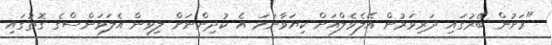
"ރަށުން ބޭރުގައި ދަރިވަރުން އޭލެވެލްއަށް ކިޔަވާނަމަ އެ ކުދިންނަށް ލިވިން އެލަވަންސްގެ ގޮތުގައި